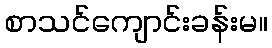
စာသင်ကျောင်းခန်းမ။